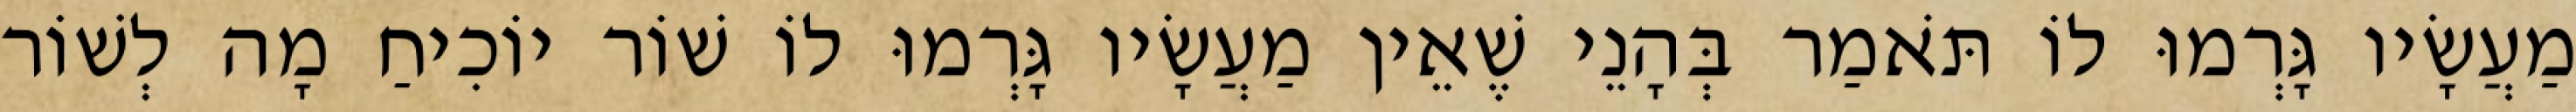
מַעֲשָׂיו גָּרְמוּ לוֹ תֹּאמַר בְּהָנֵי שֶׁאֵין מַעֲשָׂיו גָּרְמוּ לוֹ שׁוֹר יוֹכִיחַ מָה לְשׁוֹר